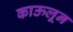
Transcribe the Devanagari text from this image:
काऊलून